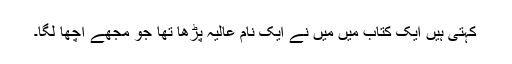
کہتی ہیں ایک کتاب میں مَیں نے ایک نام عالیہ پڑھا تھا جو مجھے اچھا لگا۔